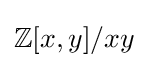
\mathbb {Z} [x,y]/xy